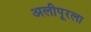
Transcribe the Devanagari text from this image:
अलीपूरला